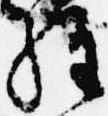
経